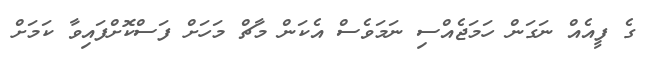
ގެ ފީއެއް ނަގަން ހަމަޖެއްސި ނަމަވެސް އެކަން މާޗް މަހަށް ފަސްކޮށްފައިވާ ކަމަށް